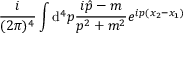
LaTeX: \frac { i } { ( 2 \pi ) ^ { 4 } } \int { \mathrm d } ^ { 4 } p \frac { i \hat { p } - m } { p ^ { 2 } + m ^ { 2 } } e ^ { i p ( x _ { 2 } - x _ { 1 } ) }